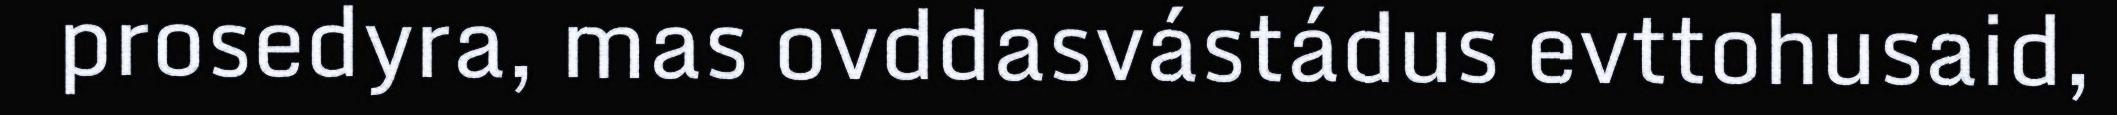
prosedyra, mas ovddasvástádus evttohusaid,